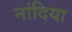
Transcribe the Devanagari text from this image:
नांदिया